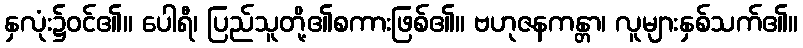
နှလုံး၌ဝင်၏။ ပေါရီ၊ ပြည်သူတို့၏စကားဖြစ်၏။ ဗဟုဇနကန္တာ၊ လူများနှစ်သက်၏။